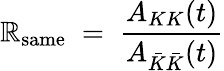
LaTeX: \mathbb{R}_{\mathrm{{same}}}\; =\; \frac{{A_{KK}(t)}}{{A_{\bar{{K}}\bar{{K}}}(t)}}